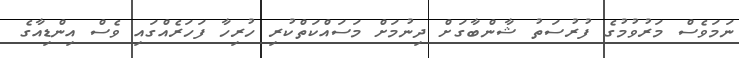
ނަމަވެސް މަރުވުމުގެ ފުރުސަތު ޝާންބާގަށް ދިނުމަށް މަސައްކަތްކުރި ހުރިހާ ފަހަރެއްގައި ވެސް އިންޑިއާގެ